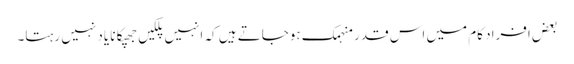
بعض افراد کام میں اس قدر منہمک ہوجاتے ہیں کہ انہیں پلکیں جھپکانا یاد نہیں رہتا۔